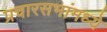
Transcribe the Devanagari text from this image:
प्रचारसभांमध्ये